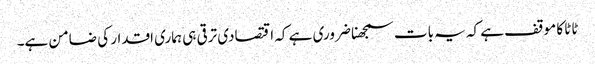
ٹاٹا کا موقف ہے کہ یہ بات سمجھنا ضروری ہے کہ اقتصادی ترقی ہی ہماری اقدار کی ضامن ہے۔